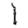
Digit: 1